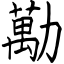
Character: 勱